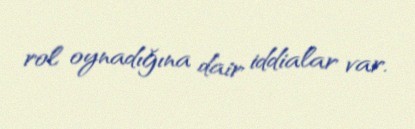
rol oynadığına dair iddialar var.